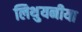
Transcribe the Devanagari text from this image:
लिथुयनीया